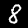
Label: 8